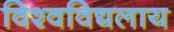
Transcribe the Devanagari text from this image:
विश्वविद्यलाय